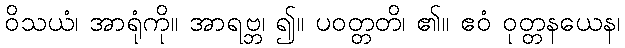
ဝိသယံ၊ အာရုံကို။ အာရဗ္ဘ၊ ၍။ ပဝတ္တတိ၊ ၏။ ဧဝံ ဝုတ္တနယေန၊